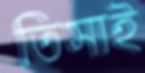
তিসাই